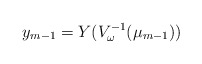
\begin{align*}y_{m-1} = Y(V_\omega^{-1}(\mu_{m-1}))\end{align*}